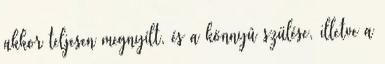
akkor teljesen megnyílt, és a könnyû szülése, illetve a